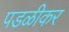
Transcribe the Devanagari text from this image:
पडळीकर